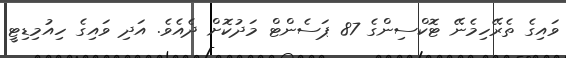
ވައިގެ ތެރޭހިމެނޭ ޓޮކްސިންގެ 87 ޕަސެންޓް މަދުކޮށް ދެއެވެ. އަދި ވައިގެ ހިއުމިޑިޓީ